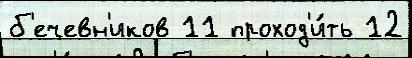
б'ечевн'иков 11 проход'и́ть 12